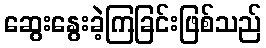
ဆွေးနွေးခဲ့ကြခြင်းဖြစ်သည်